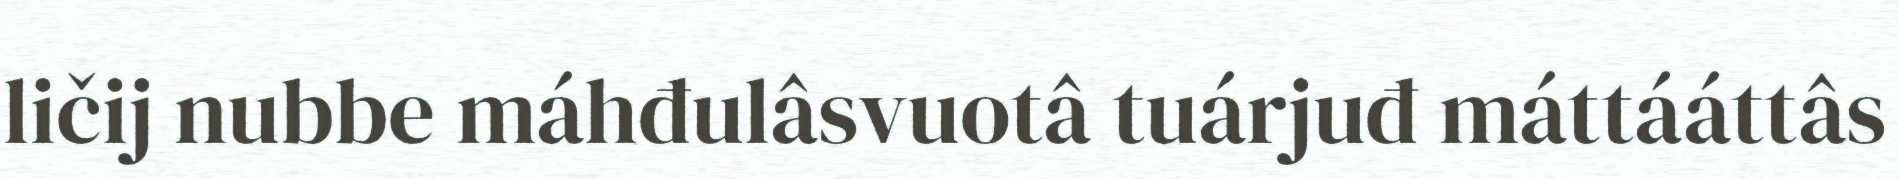
ličij nubbe máhđulâsvuotâ tuárjuđ máttááttâs